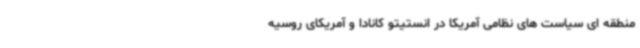
منطقه ‌ای سیاست‌ های نظامی آمریکا در انستیتو کانادا و آمریکای روسیه